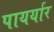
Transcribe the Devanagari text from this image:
पायर्यार